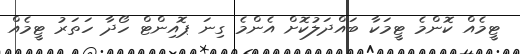
ޓީމެއް ކޮންމެ ޓީމަކާ ބައްދަލުކޮށް އެންމެ ގިނަ ޕޮއިންޓް ހޯދާ ހަތަރު ޓީމެއް